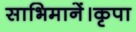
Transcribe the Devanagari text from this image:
साभिमानें।कृपा